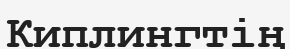
Киплингтің